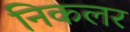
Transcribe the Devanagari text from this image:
निकलर